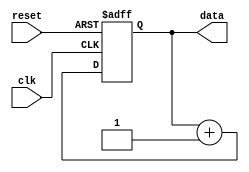
module RepeatLoop (
    input wire clk,         // Clock signal
    input wire reset,       // Reset signal to exit the loop
    output reg [7:0] data   // Example output data
);

    // Initialization block
    initial begin
        data = 8'h00; // Initial value
    end

    // Always block to implement the repeat loop
    always @(posedge clk or posedge reset) begin
        if (reset) begin
            // Termination condition: reset is high
            data <= 8'h00; // Reset output data
        end else begin
            // Loop body: Perform operations continuously
            data <= data + 1; // Example operation: Increment data
            // Additional operations can be added here
        end
    end

endmodule